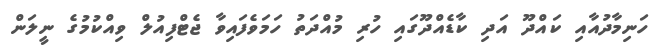
ހަނިމާދުއާއި ކައްދޫ އަދި ކާޑެއްދޫގައި ހުރި މުއްދަތު ހަމަވެފައިވާ ޖެޓްފިއުލް ވިއްކުމުގެ ނީލަން